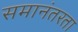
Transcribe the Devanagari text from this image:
समानंतरता